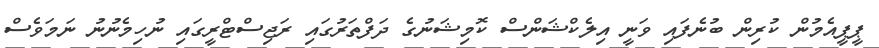
ޕީޕީއެމުން ކުރިން ބުނެފައި ވަނީ އިލެކްޝަންސް ކޮމިޝަނުގެ ދަފްތަރުގައި ރަޖިސްޓްރީގައި ނުހިމެނުނު ނަމަވެސް